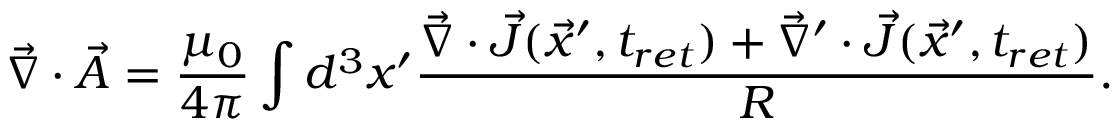
\vec { \nabla } \cdot \vec { A } = \frac { \mu _ { 0 } } { 4 \pi } \int d ^ { 3 } x ^ { \prime } \frac { \vec { \nabla } \cdot \vec { J } ( \vec { x } ^ { \prime } , t _ { r e t } ) + \vec { \nabla } ^ { \prime } \cdot \vec { J } ( \vec { x } ^ { \prime } , t _ { r e t } ) } { R } .